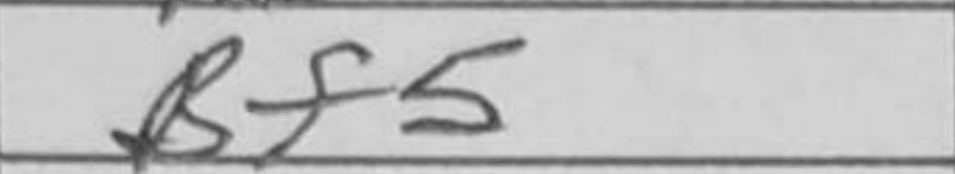
Transcription: Bf5